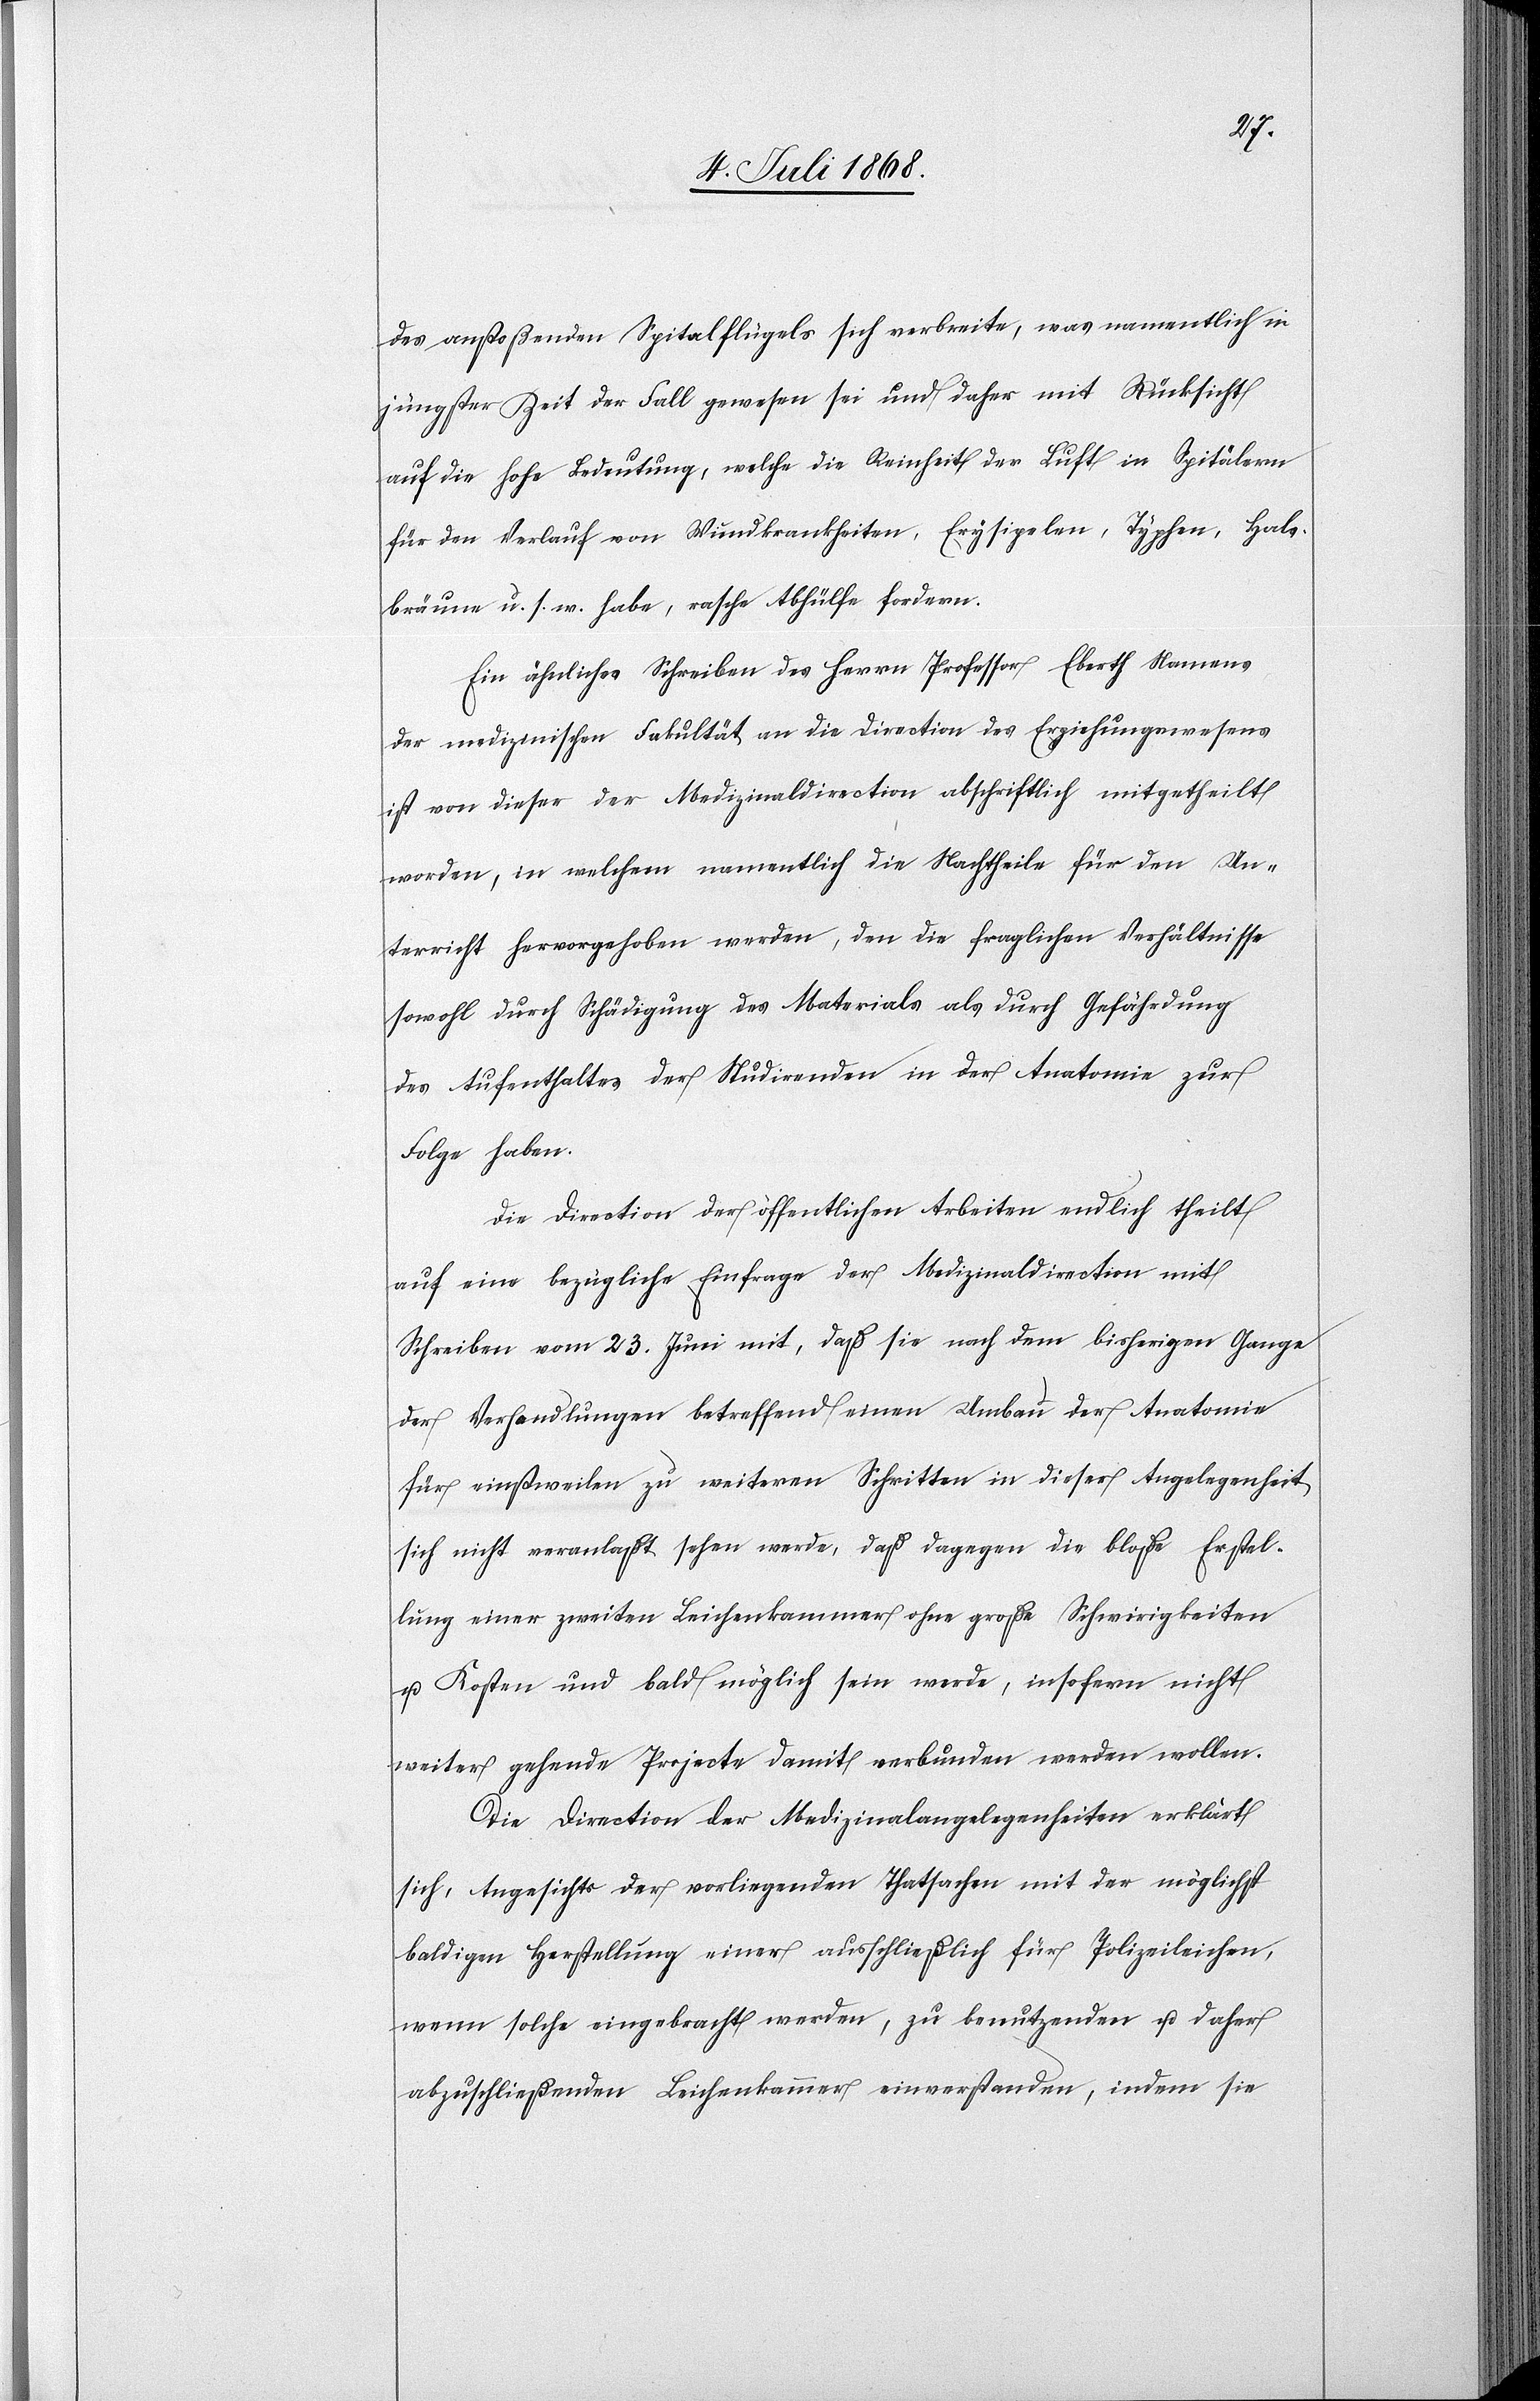
des anstoßenden Spitalflügels sich verbreite, was namentlich in
jüngster Zeit der Fall gewesen sei und daher mit Rücksicht
auf die hohe Bedeutung, welche die Reinheit der Luft in Spitälern
für den Verlauf von Wundkrankheiten, Erysipelen, Typhen, Hals¬
bräune u. s. w. habe, rasche Abhülfe fordern.
Ein ähnliches Schreiben des Herrn Professor Eberth Namens
der medizinischen Fakultät an die Direction des Erziehungswesens
ist von dieser der Medizinaldirection abschriftlich mitgetheilt
worden, in welchem namentlich die Nachtheile für den Un¬
terricht hervorgehoben werden, den die fraglichen Verhältnisse
sowohl durch Schädigung des Materials als durch Gefährdung
des Aufenthaltes der Studirenden in der Anatomie zur
Folge haben.
Die Direction der öffentlichen Arbeiten endlich theilt
auf eine bezügliche Einfrage der Medizinaldirection mit
Schreiben vom 23. Juni mit, daß sie nach dem bisherigen Gange
der Verhandlungen betreffend einen Umbau der Anatomie
für einstweilen zu weiteren Schritten in dieser Angelegenheit
sich nicht veranlaßt sehen werde, daß dagegen die bloße Erstel¬
lung einer zweiten Leichenkammer ohne große Schwi[e]rigkeiten
u. Kosten und bald möglich sein werde, insofern nicht
weiter gehende Projecte damit verbunden werden wollen.
Die Direction der Medizinalangelegenheiten erklärt
sich, Angesichts der vorliegenden Thatsachen mit der möglichst
baldigen Herstellung einer ausschließlich für Polizeileichen,
wenn solche eingebracht werden, zu benutzenden u. daher
abzuschließenden Leichenkammer einverstanden, indem sie